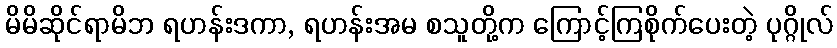
မိမိဆိုင်ရာမိဘ ရဟန်းဒကာ, ရဟန်းအမ စသူတို့က ကြောင့်ကြစိုက်ပေးတဲ့ ပုဂ္ဂိုလ်